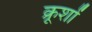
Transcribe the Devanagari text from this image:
क्रूशों